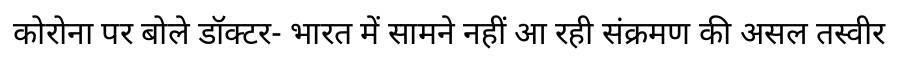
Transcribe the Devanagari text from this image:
कोरोना पर बोले डॉक्टर- भारत में सामने नहीं आ रही संक्रमण की असल तस्वीर